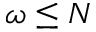
\omega \leq N